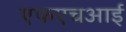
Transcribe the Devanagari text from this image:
एफएचआई